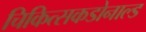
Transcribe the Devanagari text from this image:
चिकित्सकडोनाल्ड